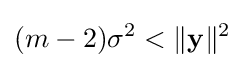
(m-2)\sigma ^{2}<\|{\mathbf {y} }\|^{2}